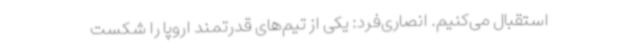
استقبال می‌کنیم. انصاری‌فرد: یکی از تیم‌های قدرتمند اروپا را شکست